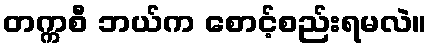
တက္ကစီ ဘယ်က စောင့်စည်းရမလဲ။